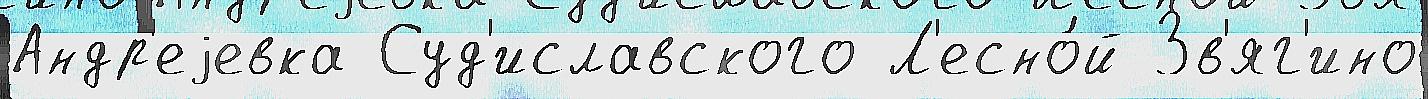
Андр'еjевка Суд'иславского Л'есно́й Зв'яг'ино